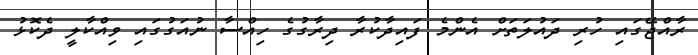
ރާއްޖޭގައި ހުރި ދައުލަތަށް އެންމެ ފައިދާކުރާ ދިރާގުގެ ހިއްސާ ނުއަގުގައި ވިއްކާލީ ދެކޮޅު